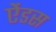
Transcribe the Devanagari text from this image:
ऐंडस